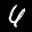
Label: 6